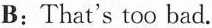
B：That's too bad.